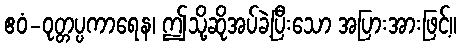
ဧဝံ-ဝုတ္တပ္ပကာရေန၊ ဤသို့ဆိုအပ်ခဲ့ပြီးသော အပြားအားဖြင့်။